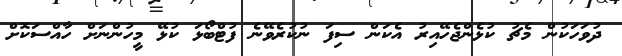
ދުވަހަކުން މެޗު ކުޅެންޖެހޭއިރު އެކަން ސިފަ ނުކުރެވޭނެ ފުޓްބޯޅަ ކުޅޭ މީހުންނަށް ހާއްސަކޮށް